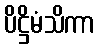
ပိဋ္ဌိမံသိကာ